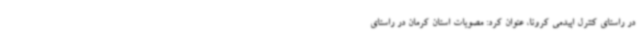
در راستای کنترل اپیدمی کرونا، عنوان کرد: مصوبات استان کرمان در راستای